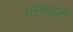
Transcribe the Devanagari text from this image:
मनहट्टान